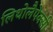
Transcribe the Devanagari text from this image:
लिथोलैपेक्सी